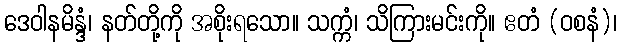
ဒေဝါနမိန္ဒံ၊ နတ်တို့ကို အစိုးရသော။ သက္ကံ၊ သိကြားမင်းကို။ ဧတံ (ဝစနံ)၊